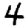
Digit: 4